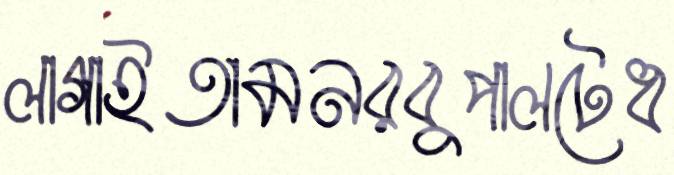
লাগাইতামনরবুপালটেধ